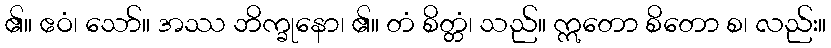
၏။ ဧဝံ၊ သော်။ အဿ ဘိက္ခုနော၊ ၏။ တံ စိတ္တံ၊ သည်။ ဣတော စိတော စ၊ လည်း။